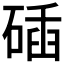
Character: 𥓾